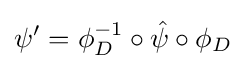
\psi '=\phi _{D}^{-1}\circ {\hat {\psi }}\circ \phi _{D}